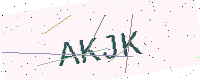
Text: AKJK